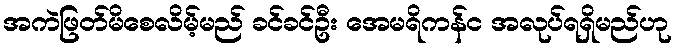
အကဲဖြတ်မိစေလိမ့်မည် ခင်ခင်ဦး အေမရိကန်င အလုပ်ရရှိမည်ဟု